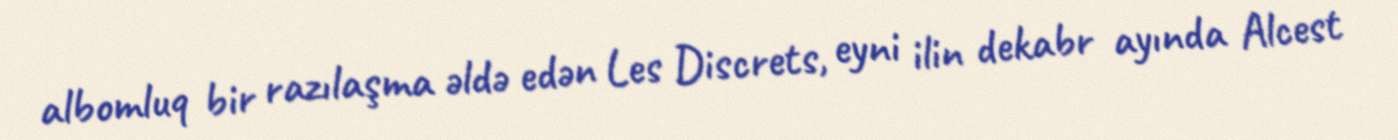
albomluq bir razılaşma əldə edən Les Discrets, eyni ilin dekabr ayında Alcest